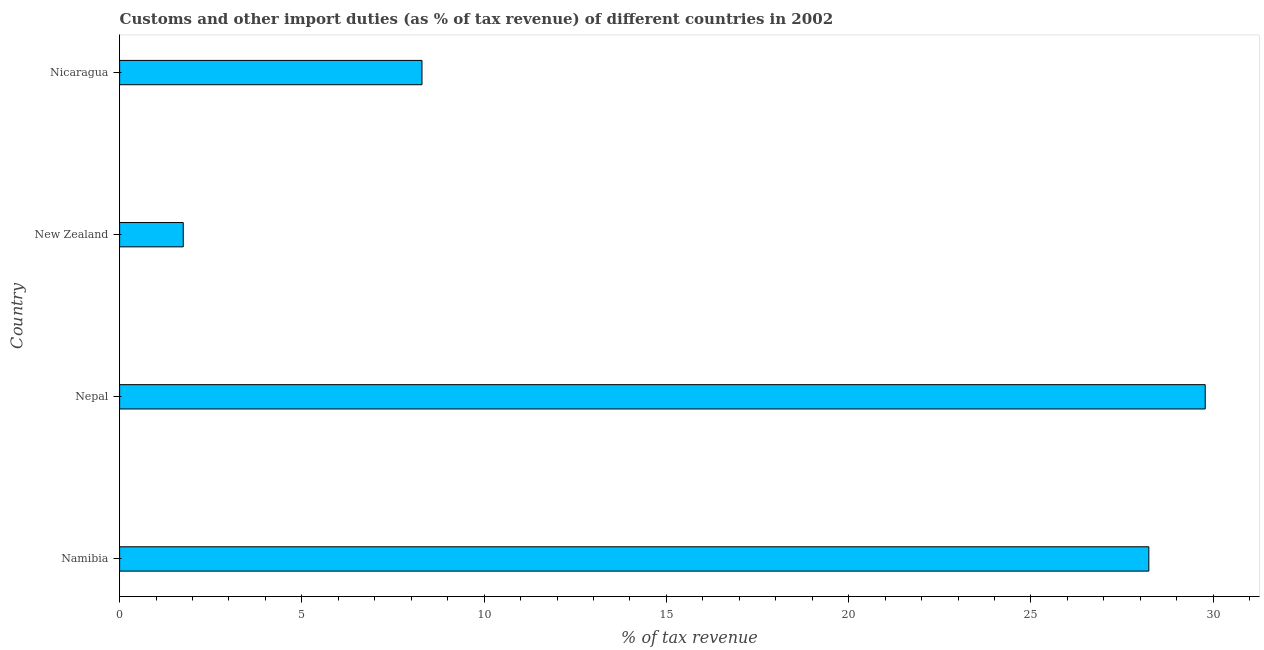
| Country | Customs and other import duties |
 | --- | --- |
 | Namibia | 28.2 |
 | Nepal | 29.8 |
 | New Zealand | 1.75 |
 | Nicaragua | 8.29 |